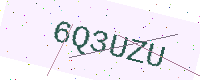
Text: 6Q3UZU